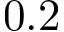
0 . 2